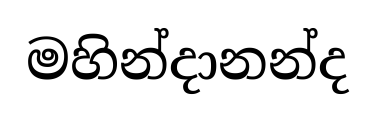
මහින්දානන්ද